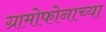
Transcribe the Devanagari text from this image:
ग्रामोफोनाच्या